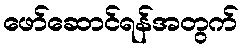
ဖော်ဆောင်ရန်အတွက်